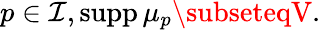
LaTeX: p\in\mathcal{I},\operatorname{supp}\mu_{p}\subseteqV.